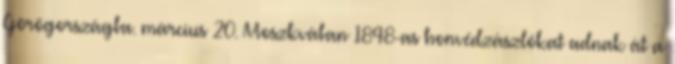
Görögországba. március 20. Moszkvában 1848-as honvédzászlókat adnak át a